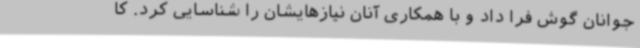
جوانان گوش فرا داد و با همکاری آنان نیازهایشان را شناسایی کرد. کا